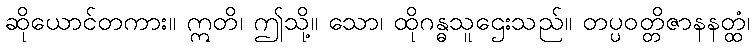
ဆိုယောင်တကား။ ဣတိ၊ ဤသို့။ သော၊ ထိုဂန္ဓသူဌေးသည်။ တပ္ပဝတ္တိဇာနနတ္ထံ၊